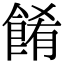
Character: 餚